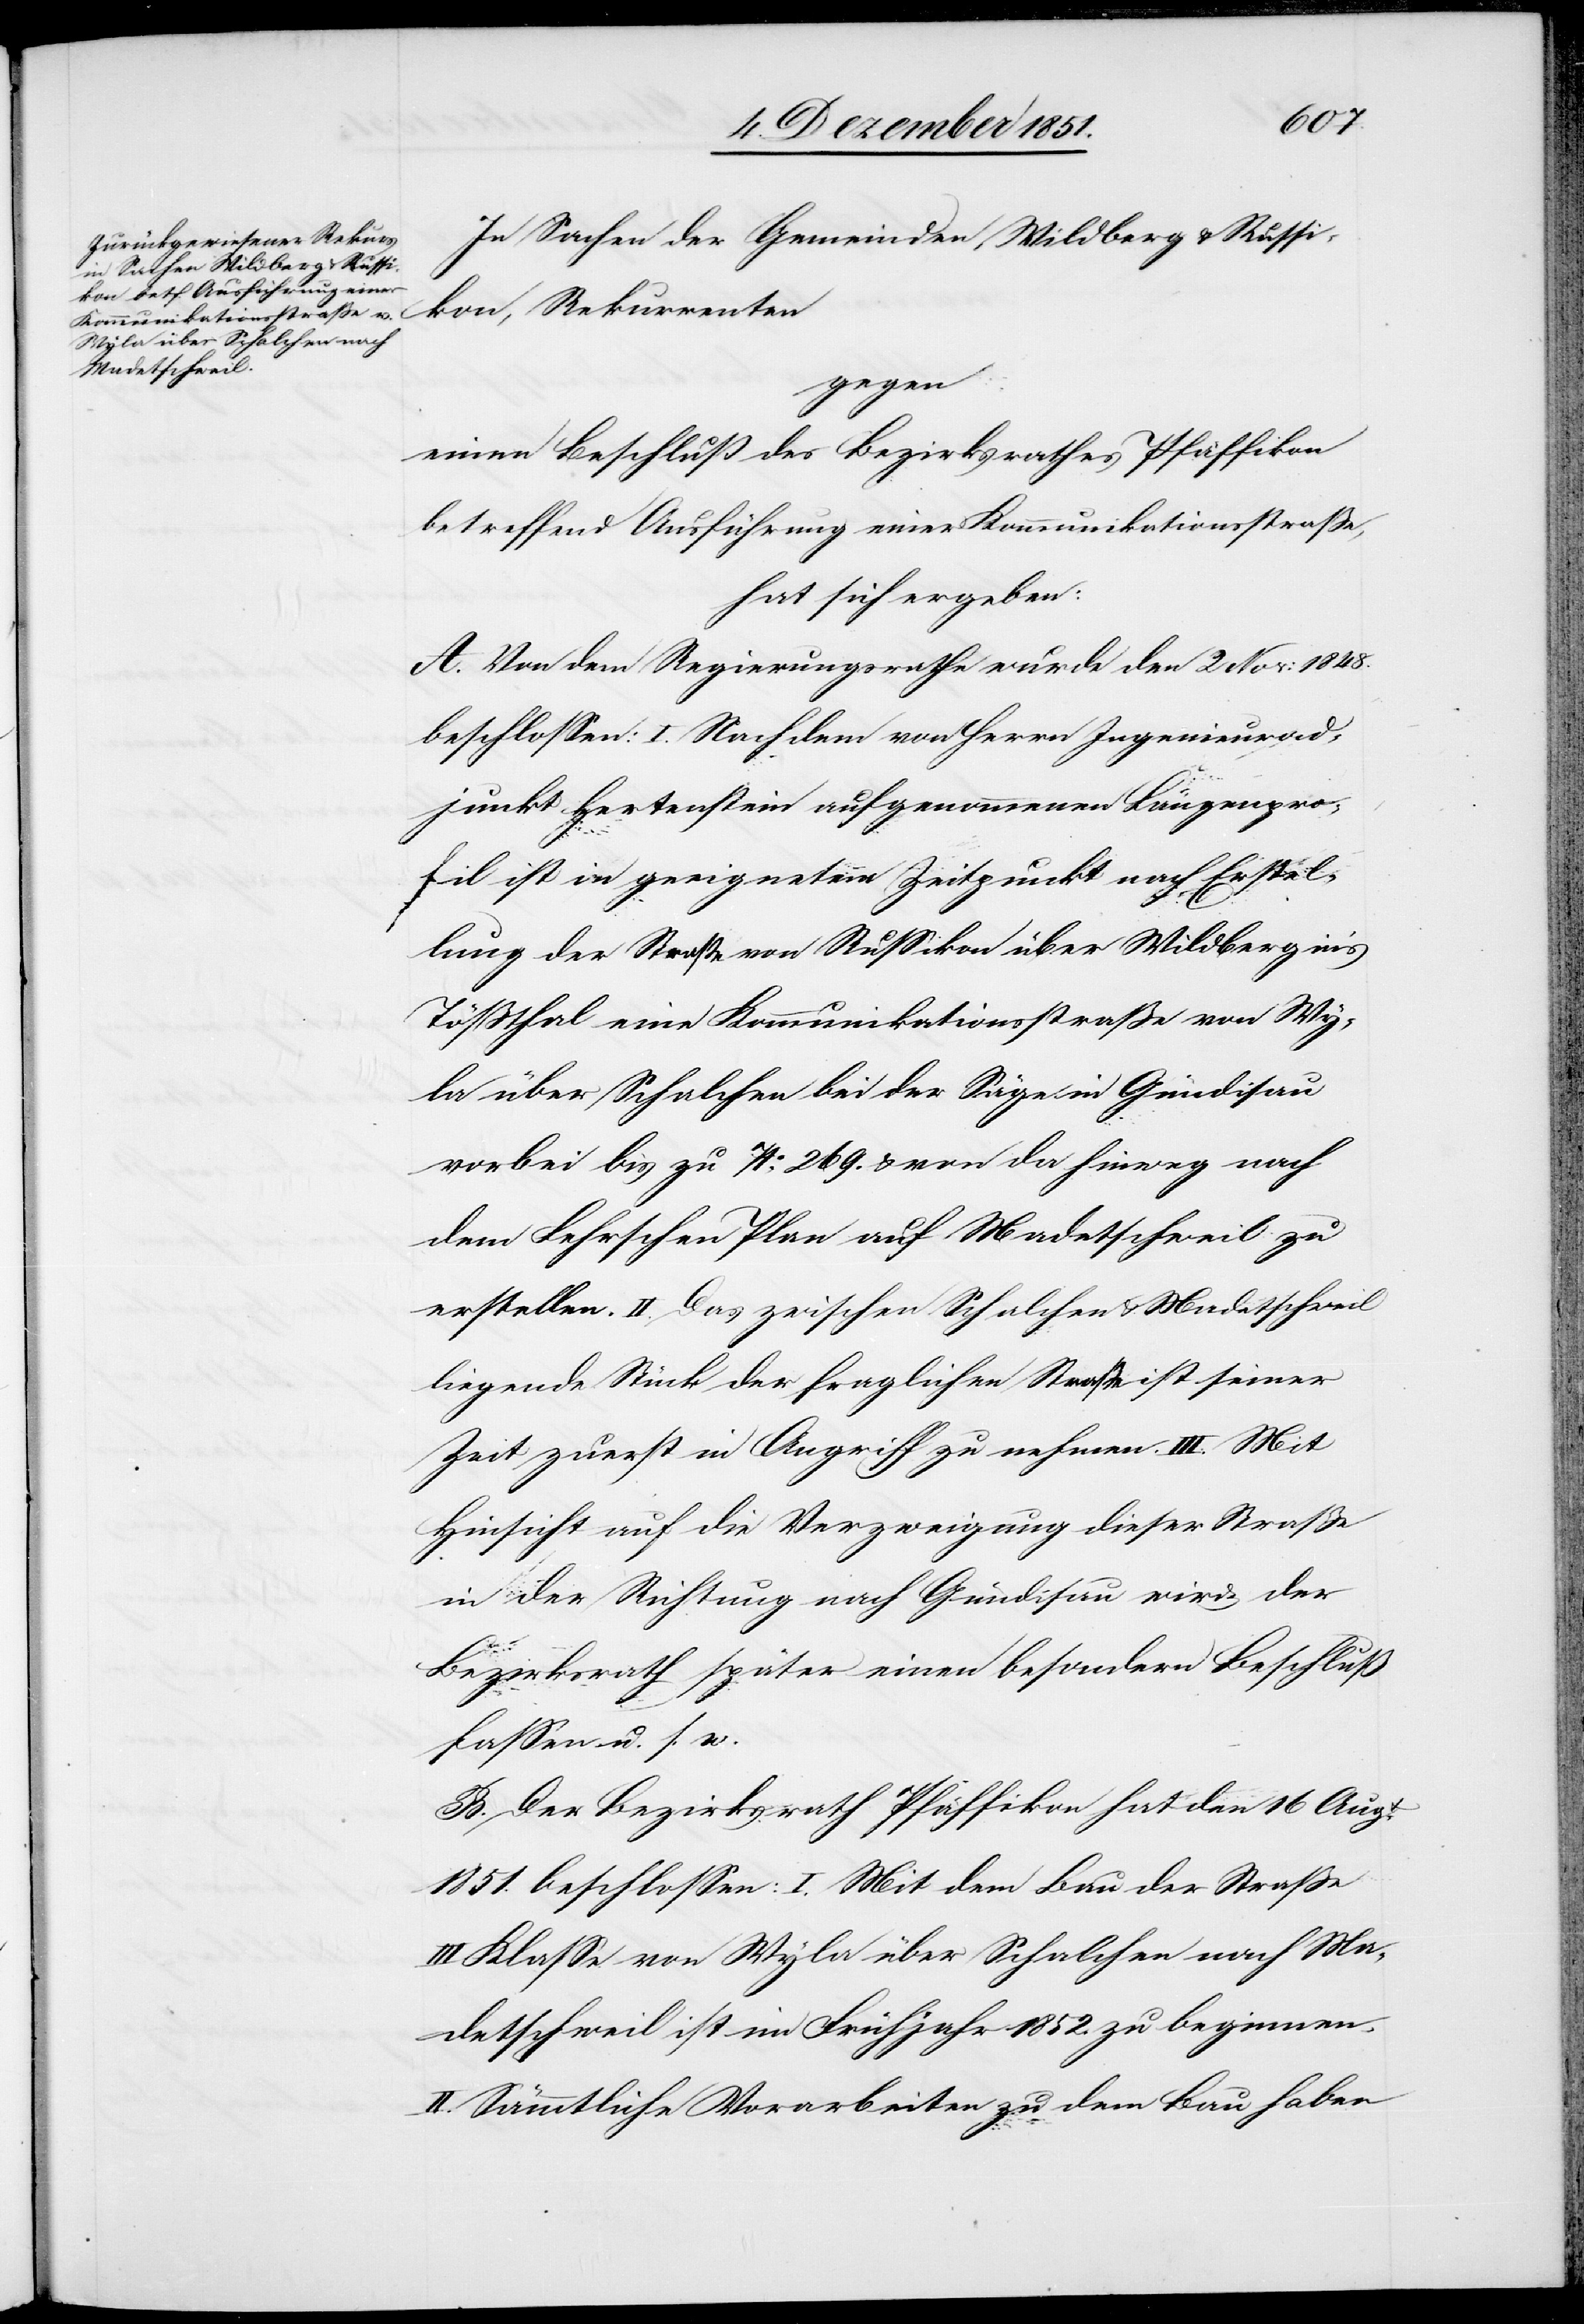
In Sachen der Gemeinden Wildberg & Russi¬
kon, Rekurrenten
gegen
einen Beschluß des Bezirksrathes Pfäffikon
betreffend Ausführung einer Kommunikationsstraße,
hat sich ergeben:
A. Von dem Regierungsrathe wurde den 2 Nov: 1848.
beschlossen: I. Nach dem von Herrn Ingenieurad¬
junkt Hertenstein aufgenommenen Längenpro¬
fil ist in geeignetem Zeitpunkt nach Erstel¬
lung der Straße von Russikon über Wildberg in’s
Tößthal eine Kommunikationsstraße von Wy¬
la über Schalchen bei der Säge in Gündisau
vorbei bis zu No. 269. & von da hinweg nach
dem Fehrschen Plan auf Madetschweil zu
erstellen. II. Das zwischen Schalchen & Madetschweil
liegende Stücke der fraglichen Straße ist seiner
Zeit zuerst in Angriff zu nehmen. III. Mit
Hinsicht auf die Verzweigung dieser Straße
in der Richtung nach Gündisau wird der
Bezirksrath später einen besondern Beschluß
fassen u. s. w.
B. Der Bezirksrath Pfäffikon hat den 16 Augt.
1851. beschlossen: I. Mit dem Bau der Straße
III Klasse von Wyla über Schalchen nach Ma¬
detschweil ist im Frühjahr 1852. zu beginnen.
II. Sämmtliche Vorarbeiten zu dem Bau haben